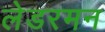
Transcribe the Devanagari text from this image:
लेडरमन